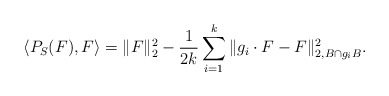
\begin{align*}\langle P_S(F),F\rangle=\|F\|_2^2-\frac{1}{2k}\sum_{i=1}^k\|g_i\cdot F-F\|_{2,B\cap g_iB}^2.\end{align*}